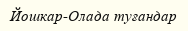
Йошкар-Олада туғандар